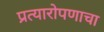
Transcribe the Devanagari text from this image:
प्रत्यारोपणाचा